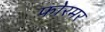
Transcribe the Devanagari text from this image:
फोरमर